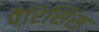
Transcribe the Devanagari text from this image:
पैरिसिस